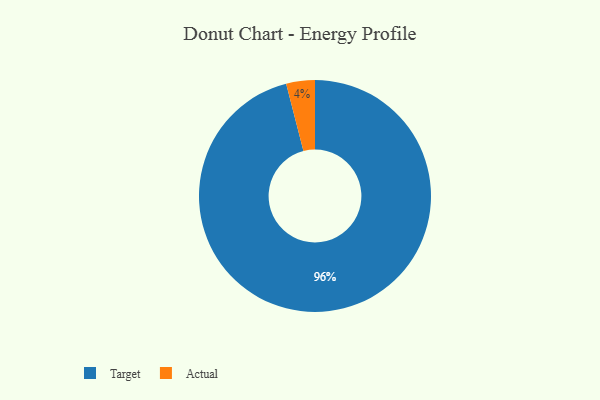
{"axis": {"x": "Category", "y": "Percentage"}, "legend": ["Actual", "Target"], "data": [{"x": "Target", "y": 96, "type": "Target"}, {"x": "Actual", "y": 4, "type": "Actual"}]}